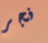
فجر